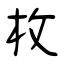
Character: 枚